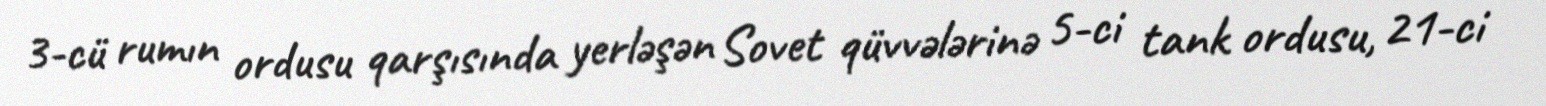
3-cü rumın ordusu qarşısında yerləşən Sovet qüvvələrinə 5-ci tank ordusu, 21-ci